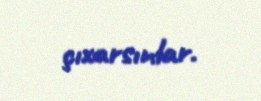
çıxarsınlar.